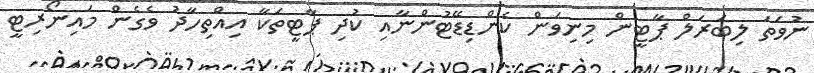
ނުވަތަ ލިބަރަލް ޕާޓީން މިނިވަން ކެންޑިޑޭޓުންނާއި ކުދި ޕާޓީތަކާ އިއްތިހާދު ވެގެން މައިނޯރިޓީ